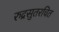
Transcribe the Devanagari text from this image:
रुद्रसुतरचित